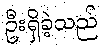
ဦးရှိခဲ့သည်